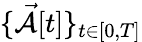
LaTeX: \{ \mathcal{\vec{A}}[t]\} _{t\in[0,T]}